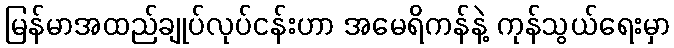
မြန်မာအထည်ချုပ်လုပ်ငန်းဟာ အမေရိကန်နဲ့ ကုန်သွယ်ရေးမှာ